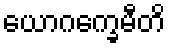
ယောဂက္ခေမီတိ